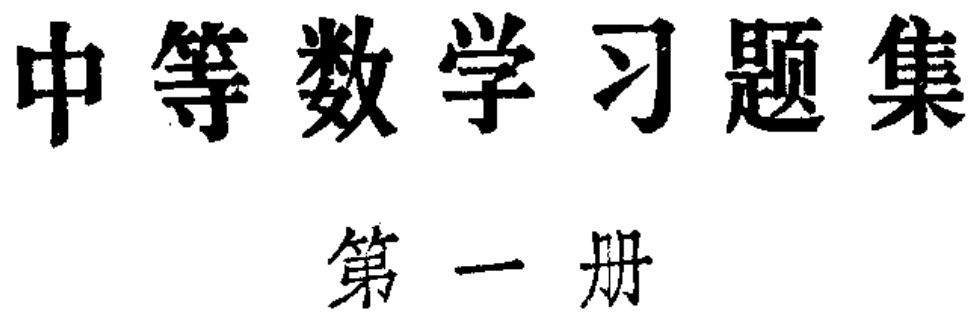
\documentclass{article}

\begin{document}

中等数学习题集

第一册

\end{document}